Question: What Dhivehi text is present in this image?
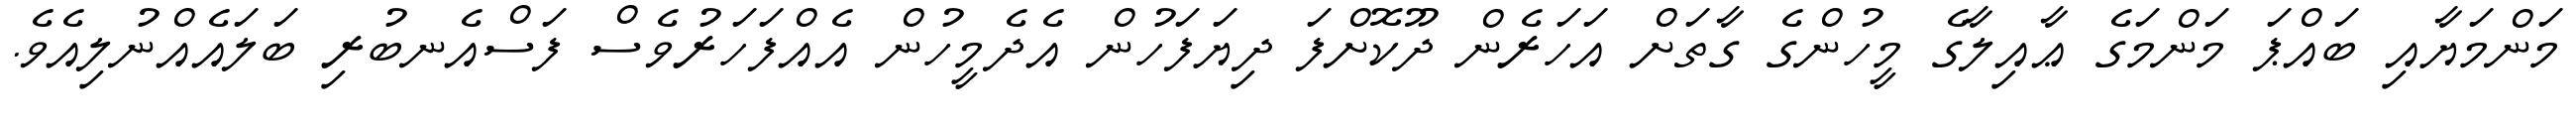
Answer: މަންމަޔާއި ބައްޕަ މަންމަގެ ޢާއިލާގެ މީހުންގެ ގާތަށް އަހަރެން ދޫކޮށްފަ ދިޔަފަހުން އެދެމީހުން އެއްފަހަރުވެސް ފަސްއެނބުރި ބަލައެއްނުލިއެވެ.